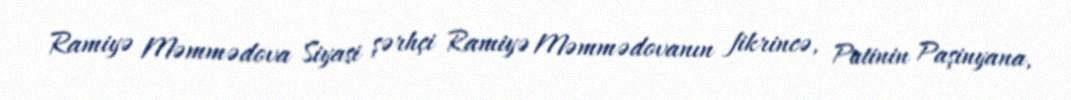
Ramiyə Məmmədova Siyasi şərhçi Ramiyə Məmmədovanın fikrincə, Putinin Paşinyana,